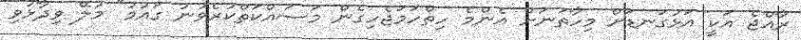
ރާއްޖެ އަކީ އަޅުގަނޑަށް މިހާތަނަށް އެންމެ ހިތްހަމަޖެހިގެން މަސައްކަތްކުރެވުނު ގައުމު" މުލޭ ވިދާޅުވި